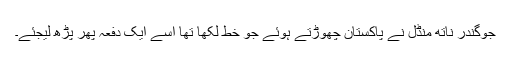
جوگندر ناتھ منڈل نے پاکستان چھوڑتے ہوئے جو خط لکھا تھا اسے ایک دفعہ پھر پڑھ لیجئے۔